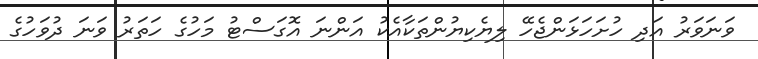
ވަނަވަރު އަދި ހުށަހަޅަންޖެހޭ ލިޔެކިޔުންތަކާއެކު އަންނަ އޮގަސްޓު މަހުގެ ހަތަރު ވަނަ ދުވަހުގެ